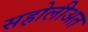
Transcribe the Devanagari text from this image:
सहोलीअत